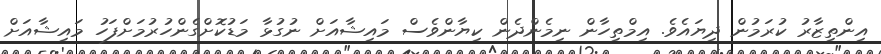
އިންތިޒާރު ކުރަމުން ދިޔައެވެ. އިމްތިހާން ނިމެންދެން ކިޔާންވެސް މައިޝާއަށް ނުގުޅާ މަޑުކޮށްގެންހުރުމަށްފަހު މައިޝާއަށް